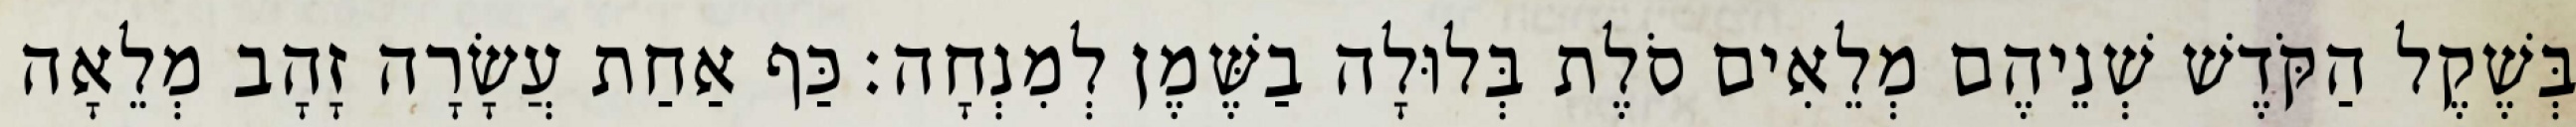
בְּשֶׁקֶל הַקֹּדֶשׁ שְׁנֵיהֶם מְלֵאִים סֹלֶת בְּלוּלָה בַשֶּׁמֶן לְמִנְחָה׃ כַּף אַחַת עֲשָׂרָה זָהָב מְלֵאָה